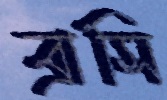
ব্রাসি